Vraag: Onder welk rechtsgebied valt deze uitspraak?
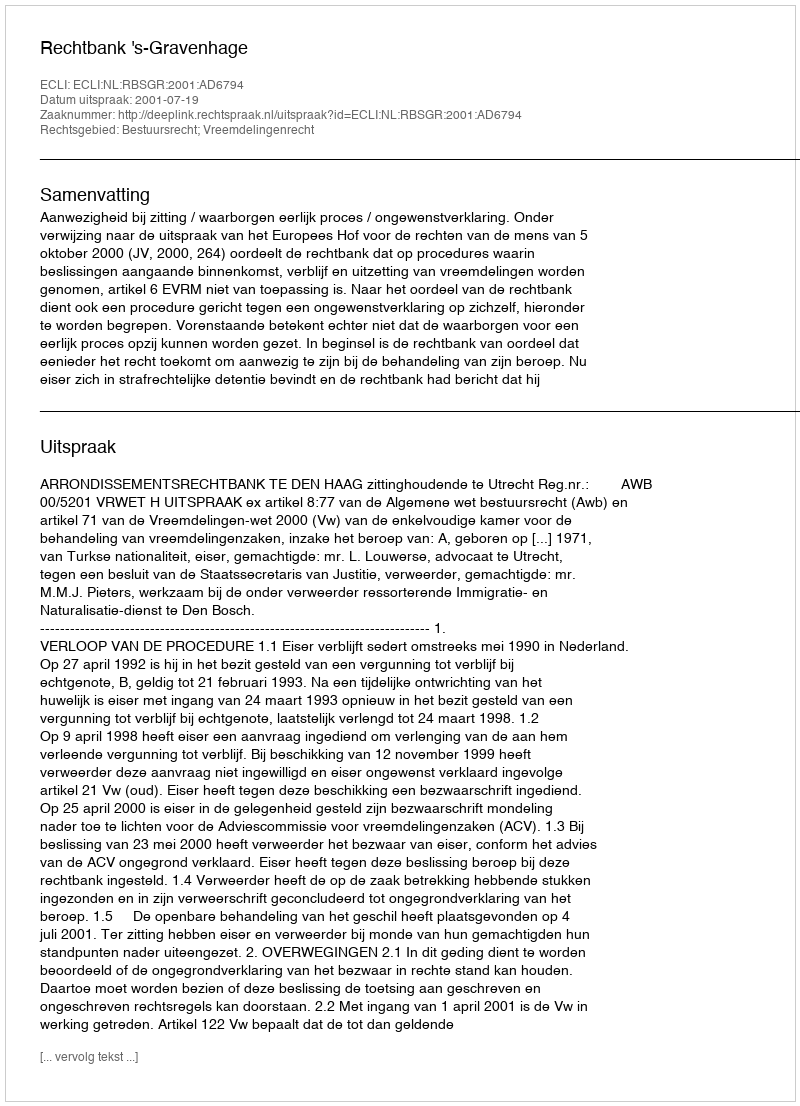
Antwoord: Bestuursrecht; Vreemdelingenrecht